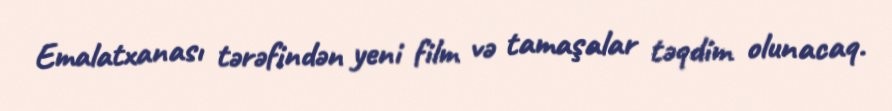
Emalatxanası tərəfindən yeni film və tamaşalar təqdim olunacaq.